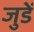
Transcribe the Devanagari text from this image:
जुडें